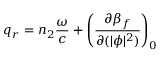
q _ { r } = n _ { 2 } \frac { \omega } { c } + \left( \frac { \partial \beta _ { f } } { \partial ( | \phi | ^ { 2 } ) } \right) _ { 0 }